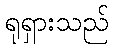
ရုရှားသည်